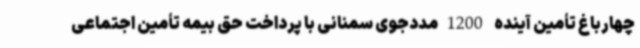
چهارباغ تأمین آینده 1200مددجوی سمنانی با پرداخت حق بیمه تأمین اجتماعی